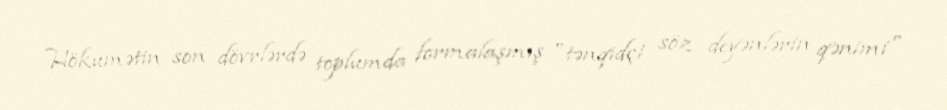
Hökumətin son dövrlərdə toplumda formalaşmış "tənqidçi söz deyənlərin qənimi"